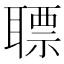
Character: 䏇